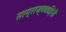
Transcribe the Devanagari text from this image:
साम्राज्यवाहिनी